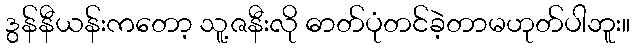
ဒွန်နီယန်းကတော့ သူ့ဇနီးလို ဓာတ်ပုံတင်ခဲ့တာမဟုတ်ပါဘူး။